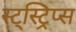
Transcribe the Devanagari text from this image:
स्ट्स्ट्रिप्स